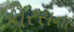
કોરસના